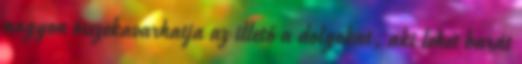
nagyon összekavarhatja az illető a dolgokat, aki lehet barát